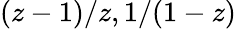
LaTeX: (z-1)/z,1/(1-z)